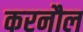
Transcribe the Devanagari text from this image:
करनौल